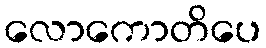
လောကောတိပေ